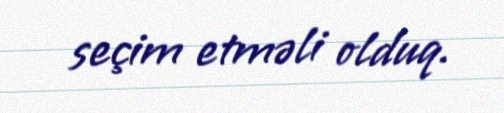
seçim etməli olduq.